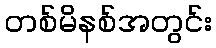
တစ်မိနစ်အတွင်း